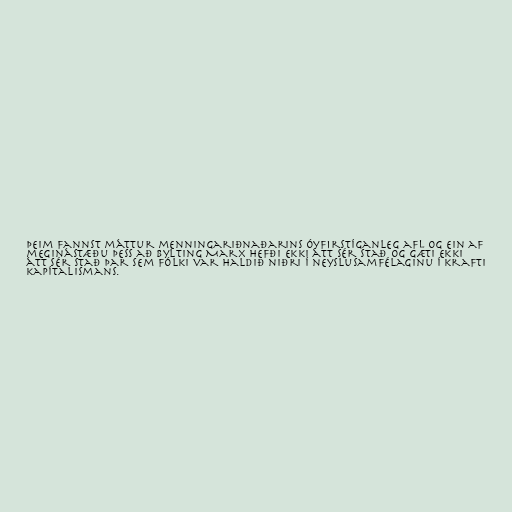
Þeim fannst máttur menningariðnaðarins óyfirstíganleg afl og ein af
meginástæðu þess að bylting Marx hefði ekki átt sér stað og gæti ekki
átt sér stað þar sem fólki var haldið niðri í neyslusamfélaginu í krafti
kapítalismans.